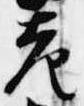
老